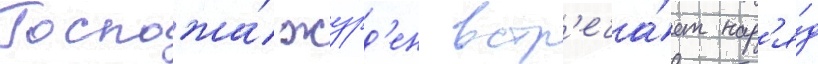
Госпожа́ журд'ен встр'еча́ет нар'я́д